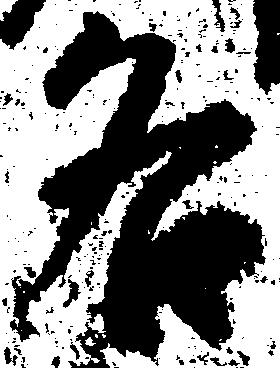
各